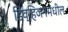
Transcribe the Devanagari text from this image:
डिव्हिजनमधील